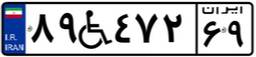
۸۹W۴۷۲۶۹